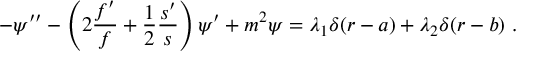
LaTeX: - \psi ^ { \prime \prime } - \left( 2 \frac { f ^ { \prime } } { f } + \frac { 1 } { 2 } \frac { s ^ { \prime } } { s } \right) \psi ^ { \prime } + m ^ { 2 } \psi = \lambda _ { 1 } \delta ( r - a ) + \lambda _ { 2 } \delta ( r - b ) \ .